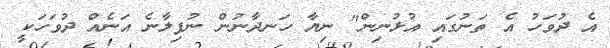
އެ ދުވަހު އެ ތަނުގައި އުޅުނިން" ނިޔާ ހަނދާނުން ނުފިލާނެ އަނެއް ދުވަހަކީ